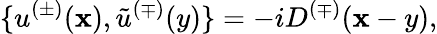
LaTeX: \{ u^{(\pm)}(\mathbf{x}),\tilde{{u}}^{(\mp)}(y)\} =-iD^{(\mp)}(\mathbf{x}-y),